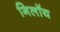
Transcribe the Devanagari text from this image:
गिलॉय